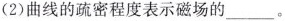
(2)曲线的疏密程度表示磁场的___。